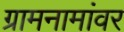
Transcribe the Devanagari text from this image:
ग्रामनामांवर